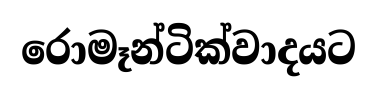
රොමෑන්ටික්වාදයට